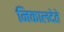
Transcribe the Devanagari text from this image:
निकालदेते